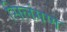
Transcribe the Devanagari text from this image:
सिलंगण